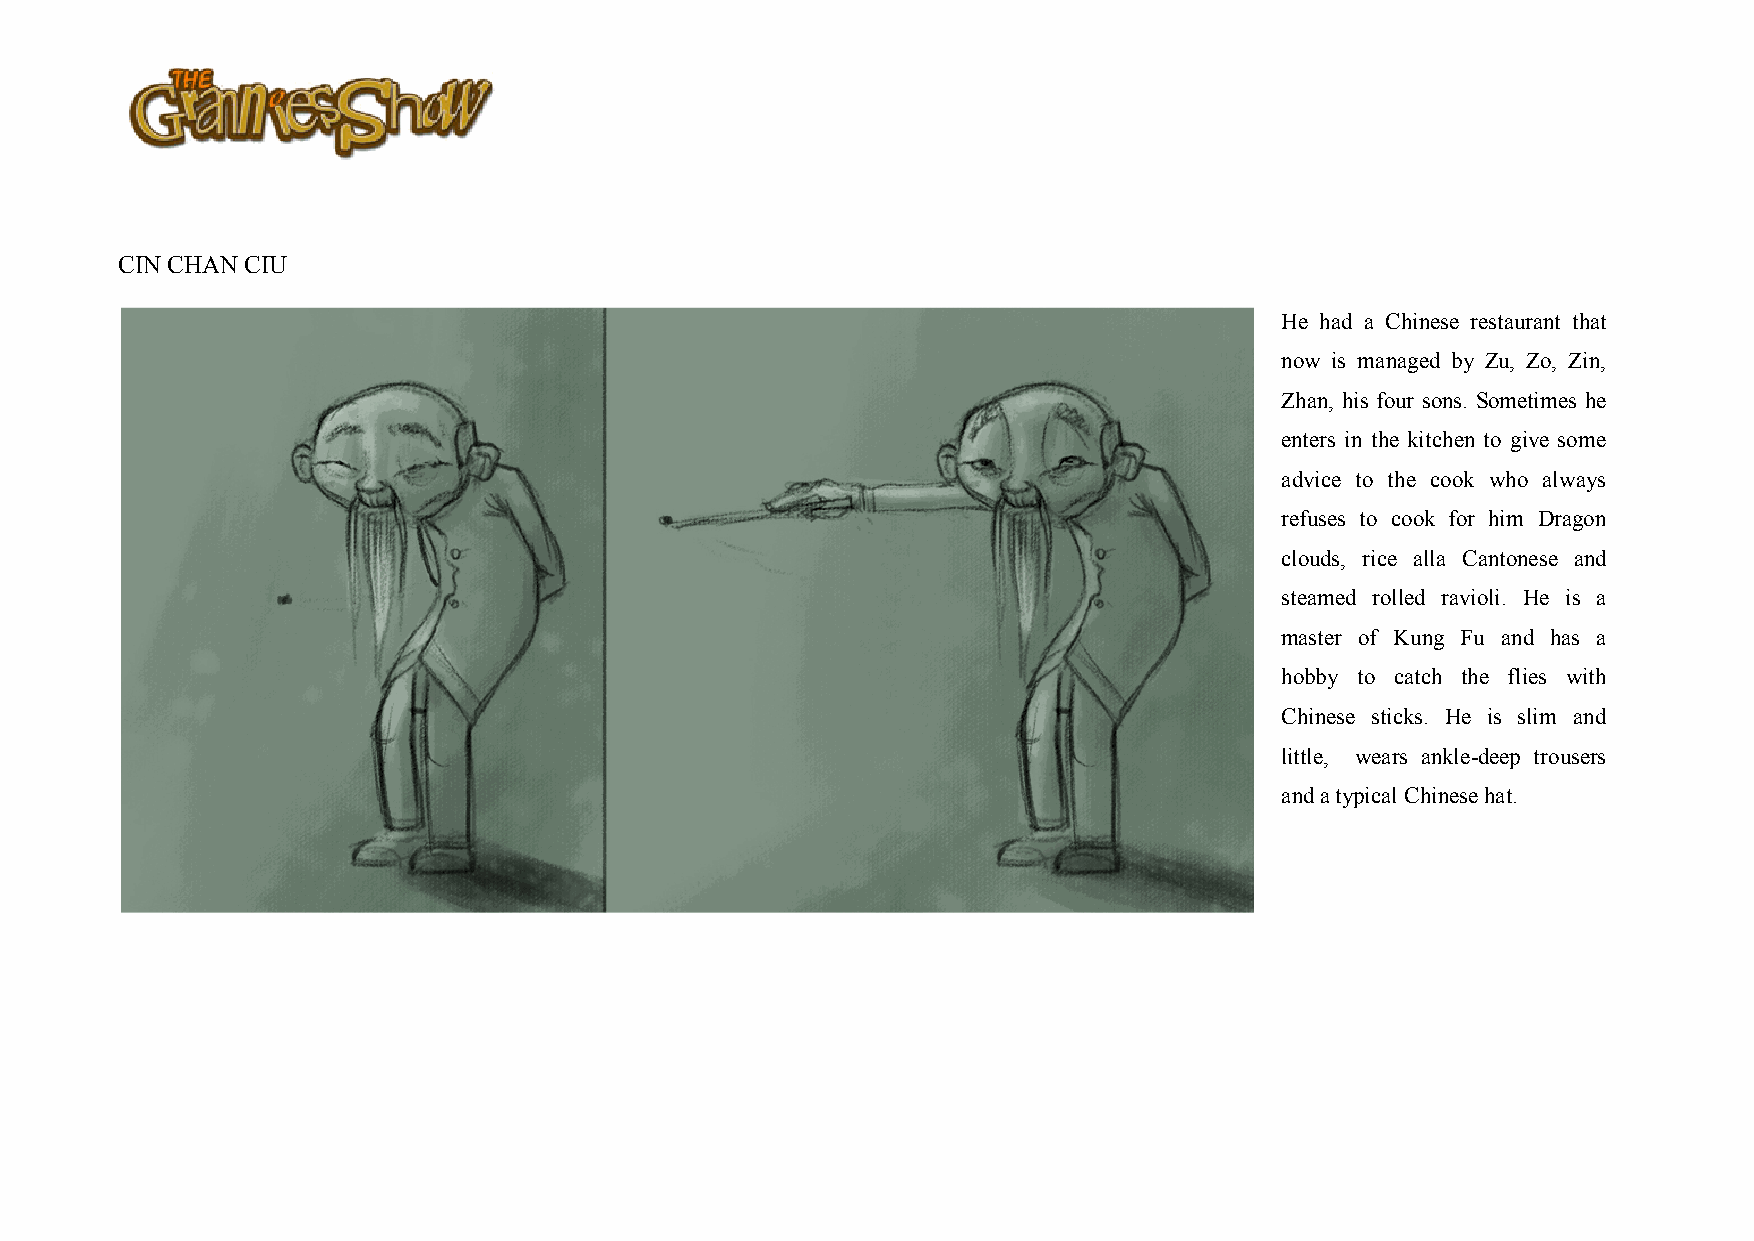
CIN CHAN CIU
 He had a Chinese restaurant that
 now is managed by Zu, Zo, Zin,
 Zhan, his four sons. Sometimes he
 enters in the kitchen to give some
 advice to the cook who always
 refuses to cook for him Dragon
 clouds, rice alla Cantonese and
 steamed rolled ravioli. He is a
 master of Kung Fu and has a
 hobby to catch the flies with
 Chinese sticks. He is slim and
 little, wears ankle-deep trousers
 and a typical Chinese hat.